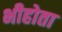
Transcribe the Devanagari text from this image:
भीहोता